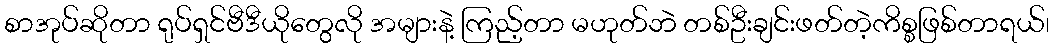
စာအုပ်ဆိုတာ ရုပ်ရှင်ဗီဒီယိုတွေလို အများနဲ့ ကြည့်တာ မဟုတ်ဘဲ တစ်ဦးချင်းဖတ်တဲ့ကိစ္စဖြစ်တာရယ်၊